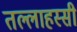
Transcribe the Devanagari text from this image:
तल्लाहस्सी